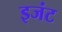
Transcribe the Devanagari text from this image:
इजंट